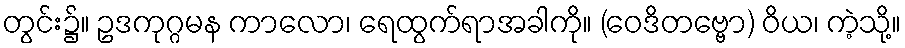
တွင်း၌။ ဥဒကုဂ္ဂမန ကာလော၊ ရေထွက်ရာအခါကို။ (ဝေဒိတဗ္ဗော) ဝိယ၊ ကဲ့သို့။